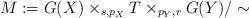
LaTeX: \begin{align*}M:=G(X)\times_{s,p_{X}}T\times_{p_{Y},r}G(Y)/\sim\end{align*}